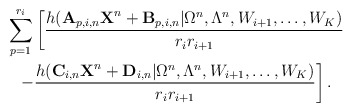
\begin{align*}&\sum_{p=1}^{r_i}\left[\frac{h(\textbf{A}_{p,i,n}\textbf{X}^n+\textbf{B}_{p,i,n}|\Omega^n,\Lambda^n,W_{i+1},\ldots,W_K)}{r_ir_{i+1}}\right.\\&\ \ \left.-\frac{h(\textbf{C}_{i,n}\textbf{X}^n+\textbf{D}_{i,n}|\Omega^n,\Lambda^n,W_{i+1},\ldots,W_K)}{r_ir_{i+1}} \right].\end{align*}